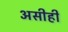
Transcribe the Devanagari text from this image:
असीही